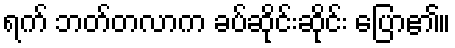
ရက် ဘတ်တလာက ခပ်ဆိုင်းဆိုင်း ပြော၏။